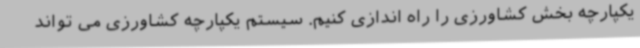
یکپارچه بخش کشاورزی را راه اندازی کنیم. سیستم یکپارچه کشاورزی می تواند